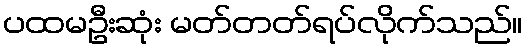
ပထမဦးဆုံး မတ်တတ်ရပ်လိုက်သည်။